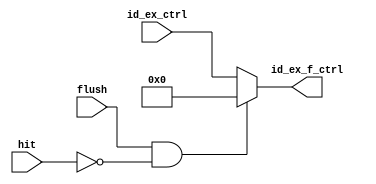
// ID_EX Register  control signal flushgo  

module ID_EX_FLUSH
(
    input           flush           ,
    input           hit             ,
    input   [5:0]   id_ex_ctrl      ,

    output  [5:0]   id_ex_f_ctrl
);

    // Flush flag 1 set  hit 0 set => Flush
    // hit 1  Jump  control signal   
    assign id_ex_f_ctrl = (flush && !hit) ? 6'b0 : id_ex_ctrl;
    
endmodule